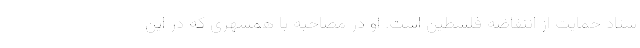
ستاد حمایت از انتفاضه فلسطین است. او در مصاحبه با همشهری که در این